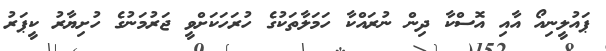
ޕައުލީނިއޯ އާއި އޮސްކާ ދިން ނުރައްކާ ހަމަލާތަކުގެ ހުރަހަކަށްވީ ޖަރުމަނުގެ ހުށިޔާރު ކީޕަރު